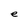
Character: e